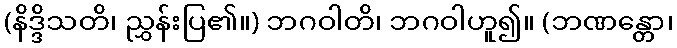
(နိဒ္ဒိသတိ၊ ညွှန်းပြ၏။) ဘဂဝါတိ၊ ဘဂဝါဟူ၍။ (ဘဏန္တော၊